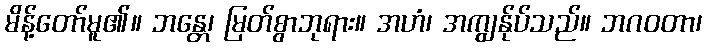
မိန့်တော်မူ၏။ ဘန္တေ၊ မြတ်စွာဘုရား။ အဟံ၊ အကျွန်ုပ်သည်။ ဘဂဝတာ၊